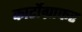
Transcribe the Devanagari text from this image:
कार्टोग्राफर